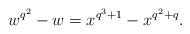
LaTeX: \begin{align*}w^{q^2}-w=x^{q^3+1}-x^{q^2+q}.\end{align*}